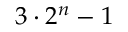
3 \cdot 2 ^ { n } - 1